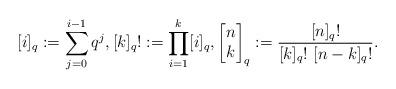
LaTeX: \begin{align*} [i]_q := \sum_{j=0}^{i-1} q^j, [k]_q! := \prod_{i=1}^k [i]_q, \begin{bmatrix} n \\k\end{bmatrix}_q := \frac{[n]_q!}{[k]_q! \ [n-k]_q!} . \end{align*}